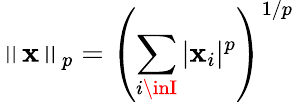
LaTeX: \left\| \mathbf{x}\right\| _{p}=\left(\sum_{i\inI}|\mathbf{x}_{i}|^{p}\right)^{1/p}